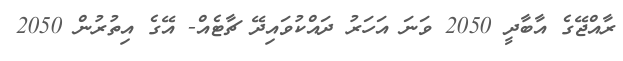
ރާއްޖޭގެ އާބާދީ 2050 ވަނަ އަހަރު ދައްކުވައިދޭ ޗާޓެއް- އޭގެ އިތުރުން 2050